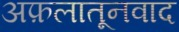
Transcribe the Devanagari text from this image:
अफ़लातूनवाद